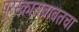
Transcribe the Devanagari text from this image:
पुरस्काराबाबतचा